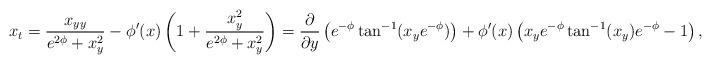
LaTeX: \begin{align*} x_t = \frac{x_{yy}}{e^{2\phi} + x_y^2} - \phi'(x) \left( 1 + \frac{x_y^2}{e^{2\phi} + x_y^2} \right) = \frac{\partial}{\partial y}\left( e^{-\phi} \tan^{-1}(x_{y} e^{-\phi}) \right) + \phi'(x) \left( x_y e^{-\phi} \tan^{-1}(x_y )e^{-\phi} -1 \right),\end{align*}